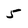
Character: 5